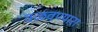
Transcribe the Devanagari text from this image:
वळवण्यारा